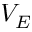
V _ { E }